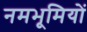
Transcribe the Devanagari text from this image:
नमभूमियों